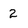
Character: 2